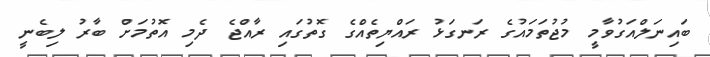
ބައިނަލްއަގުވާމީ މުޖުތަމައުގެ ރަނގަޅު ރައްޔިތެއްގެ ގޮތުގައި ރާއްޖެ ދެމި އޮތުމަށް ބާރު ލިބެނީ